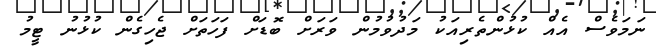
ނަމަވެސް އެއް ކުޅުންތެރިއަކު މަދުވުމުން ވަރަށް ބޮޑަށް ފަހަތަށް ޖެހިގެން ކުޅުނު ޓީމު